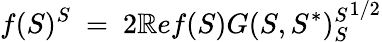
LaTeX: f(S)^{S}\ =\ 2\mathbb{R}ef(S){G(S,S^{*})_{S}^{S}}^{1/2}